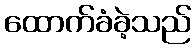
ထောက်ခံခဲ့သည်